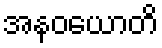
အနဝယောတိ